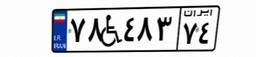
۷۸W۴۸۳۷۴